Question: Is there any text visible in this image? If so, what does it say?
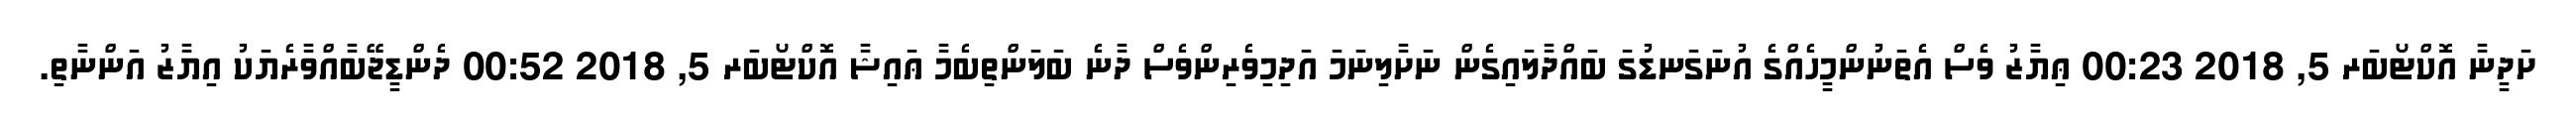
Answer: ށަދީނާ އޮކްޓޯބަރ 5, 2018 00:23 ޢިޔާޒު ވެސް އެތަނުންމީހެއްގެ އުނަގަނޑުގަ ބައްދާލައިގެން ނަށާލިނަމަ އަދިމިވެރިންވެސް ދާނެ ބަލަންތިބެމާ ޢައިޝާ އޮކްޓޯބަރ 5, 2018 00:52 ދެންޑީޖޭބާއްވާރެޔަކު އިޔާޒު އަންނާތި.